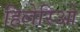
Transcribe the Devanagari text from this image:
हिलेरिओ